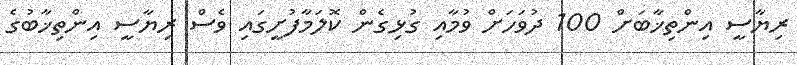
ރިޔާސީ އިންތިޚާބަށް 100 ދުވަހަށް ވުމާއި ގުޅިގެން ކޮލަމާފުށީގައި ވެސް ރިޔާސީ އިންތިޚާބުގެ